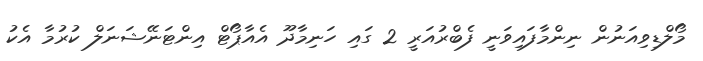
މޯލްޑިވިއަނުން ނިންމާފައިވަނީ ފެބްރުއަރީ 2 ގައި ހަނިމާދޫ އެއާޕޯޓް އިންޓަނޭޝަނަލް ކުރުމާ އެކު